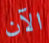
الآن